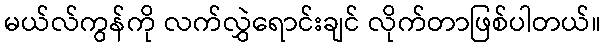
မယ်လ်ကွန်ကို လက်လွှဲရောင်းချင် လိုက်တာဖြစ်ပါတယ်။